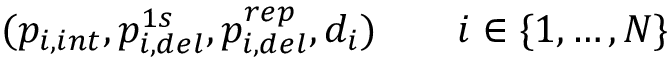
( p _ { i , i n t } , p _ { i , d e l } ^ { 1 s } , p _ { i , d e l } ^ { r e p } , d _ { i } ) \quad \quad i \in \{ 1 , \dots , N \}